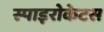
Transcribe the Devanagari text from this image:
स्पाइरोकेटस